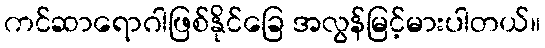
ကင်ဆာရောဂါဖြစ်နိုင်ခြေ အလွန်မြင့်မားပါတယ်။